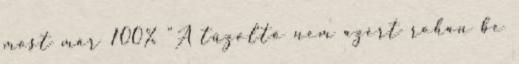
most már 100% "A tűzoltó nem azért rohan be